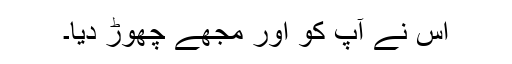
اس نے آپ کو اور مجھے چھوڑ دیا۔